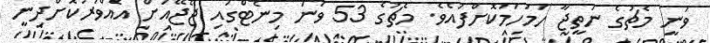
ވަނީ މެޗުގެ ނަތީޖާ ހަމަހަމަކޮށްފައެވެ. މެޗުގެ 53 ވަނަ މިނެޓްގައި ޖޭޖޭއަށް އެއްވަރުކޮށްދިނީ